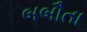
બબૌતા